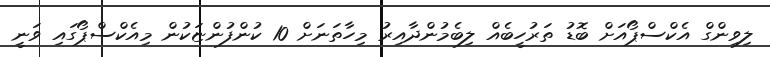
ލިވިންގް އެކްސްޕޯއަށް ބޮޑު ތަރުހީބެއް ލިބެމުންދާއިރު މިހާތަނަށް 10 ކުންފުންޏަކުން މިއެކްސްޕޯގައި ވަނީ